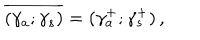
\overline { { { ( \gamma _ { a } ; \gamma _ { s } ) } } } = ( \gamma _ { a } ^ { + } ; \gamma _ { s } ^ { + } ) \, ,